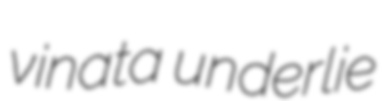
vinata underlie